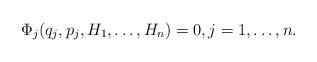
LaTeX: \begin{align*}\Phi_j(q_j,p_j,H_1,\dots,H_n)=0, j=1,\dots,n.\end{align*}